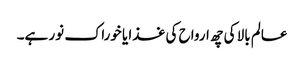
عالم بالا کی چھ ارواح کی غذا یا خوراک نور ہے۔